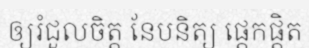
ឲ្យរំជួលចិត្ត នែបនិត្យ ផ្តេកផ្តិត